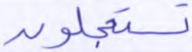
تستعجلون